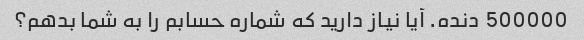
500000 دنده. آیا نیاز دارید که شماره حسابم را به شما بدهم؟